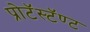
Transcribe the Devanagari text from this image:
प्रोटॅस्टॅण्ट